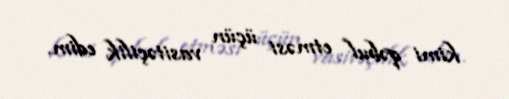
kimi qəbul etməsi üçün vasitəçilik edim.